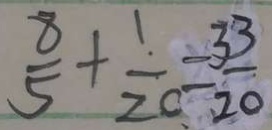
\frac { 8 } { 5 } + \frac { 1 } { 2 0 } = \frac { 3 3 } { 2 0 }